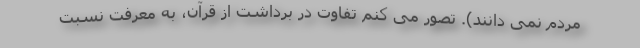
مردم نمی‌ دانند). تصور می کنم تفاوت در برداشت از قرآن، به معرفت نسبت